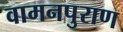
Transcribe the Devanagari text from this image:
वामनपुराण